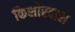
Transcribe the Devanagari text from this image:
किशोरदास